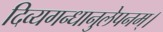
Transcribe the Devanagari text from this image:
दिव्यगन्धानुलेपनम्‌।